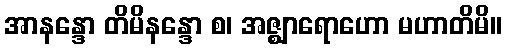
အာနန္ဒော တိမိနန္ဒော စ၊ အဇ္ဈာရောဟော မဟာတိမိ။